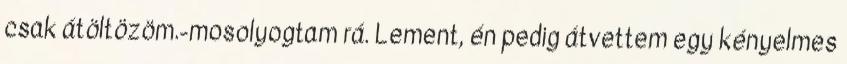
csak átöltözöm.-mosolyogtam rá. Lement, én pedig átvettem egy kényelmes